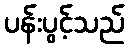
ပန်းပွင့်သည်